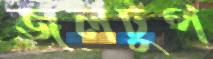
জলঢুপ